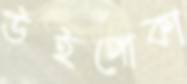
উইপোকা